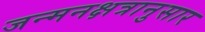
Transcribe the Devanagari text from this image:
जन्मनक्षत्रानुसार